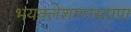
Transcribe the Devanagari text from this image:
भयक्लेशमनस्तापा